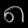
Digit: ၈